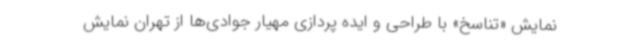
نمایش «تناسخ» با طراحی و ایده پردازی مهیار جوادی‌ها از تهران نمایش